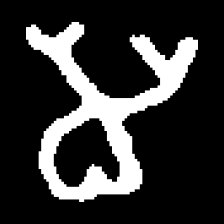
Pyu character \u2014 Myanmar letter: မ (romanized: ma)